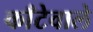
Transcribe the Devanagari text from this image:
काँटेवाले